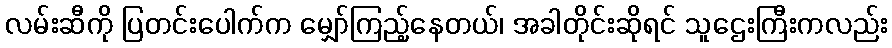
လမ်းဆီကို ပြတင်းပေါက်က မျှော်ကြည့်နေတယ်၊ အခါတိုင်းဆိုရင် သူဌေးကြီးကလည်း